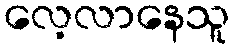
လေ့လာနေသူ